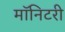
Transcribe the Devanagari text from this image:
मॉनिटरी